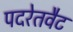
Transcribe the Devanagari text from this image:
पदरेतवैट